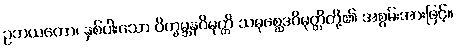
ဥဘယတော၊ နှစ်ပါးသော ဝိက္ခမ္ဘနဝိမုတ္တိ သမုစ္ဆေဒဝိမုတ္တိတို့၏ အစွမ်းအားဖြင့်။